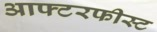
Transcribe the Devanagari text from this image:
आफ्टरफीस्ट